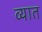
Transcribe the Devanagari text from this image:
व्यात